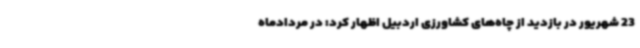
23 شهریور در بازدید از چاه‌های کشاورزی اردبیل اظهار کرد: در مردادماه